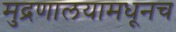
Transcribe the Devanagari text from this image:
मुद्रणालयामधूनच